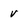
Character: v